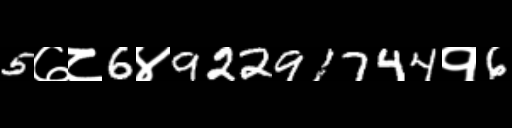
Text: 5७८6४92291744१6